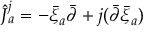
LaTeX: { \widehat J } { } _ { a } ^ { j } = - \bar { \xi } _ { a } { \bar { \partial } } + j ( { \bar { \partial } } { \bar { \xi } } _ { a } )